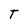
Character: T